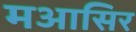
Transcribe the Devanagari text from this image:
मआसिर